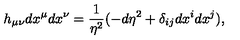
h _ { \mu \nu } d x ^ { \mu } d x ^ { \nu } = \frac { 1 } { \eta ^ { 2 } } ( - d \eta ^ { 2 } + \delta _ { i j } d x ^ { i } d x ^ { j } ) ,